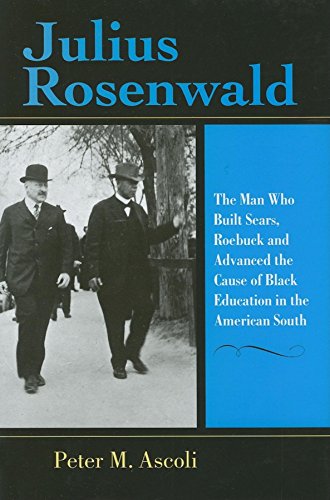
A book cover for Julius Rosenwald: The Man Who Built Sears, Roebuck and Advanced the Cause of Black Education in the American South (Philanthropic and Nonprofit Studies); Peter M. Ascoli; Politics & Social Sciences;